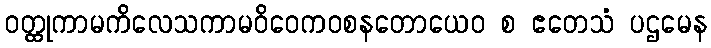
ဝတ္ထုကာမကိလေသကာမဝိဝေကဝစနတောယေဝ စ ဧတေသံ ပဌမေန